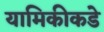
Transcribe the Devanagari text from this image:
यामिकीकडे